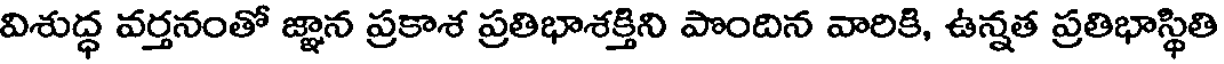
విశుద్ధ వర్తనంతో జ్ఞాన ప్రకాశ ప్రతిభాశక్తిని పొందిన వారికి, ఉన్నత ప్రతిభాస్థితి